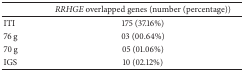
<table><thead><tr><td><b> </b></td><td><b><i>RRHGE</i> overlapped genes (number (percentage))</b></td></tr></thead><tbody><tr><td>ITI</td><td>175 (37.16%) </td></tr><tr><td>76 g</td><td>03 (00.64%)</td></tr><tr><td>70 g</td><td>05 (01.06%)</td></tr><tr><td>IGS</td><td>10 (02.12%)</td></tr></tbody></table>